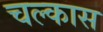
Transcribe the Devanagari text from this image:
चल्कास